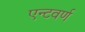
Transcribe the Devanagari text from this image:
एन्टवर्ण